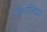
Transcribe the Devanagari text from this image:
जैथलिया